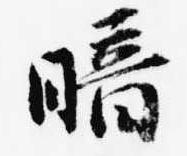
暗